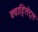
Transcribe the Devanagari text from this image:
क्वाड्रिलेट्रल